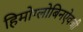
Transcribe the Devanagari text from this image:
हिमोग्लोबिनऐवजी